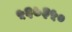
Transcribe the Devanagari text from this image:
५६७३५०